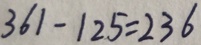
3 6 1 - 1 2 5 = 2 3 6